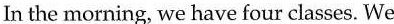
In the morning, we have four classes. We